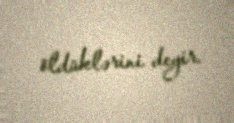
öldüklərini deyir.